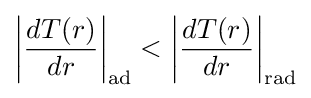
\left|{\frac {dT(r)}{dr}}\right|_{\text{ad}}<\left|{\frac {dT(r)}{dr}}\right|_{\text{rad}}